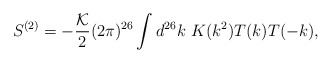
\begin{align*}S^{(2)} = -\frac{\cal K}{2} (2 \pi)^{26} \int d^{26} k~ K(k^2) T(k) T(-k),\end{align*}